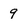
Character: 9